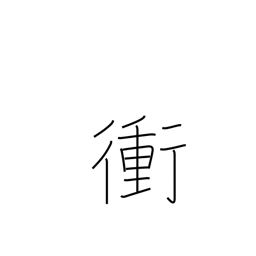
Meaning: highway